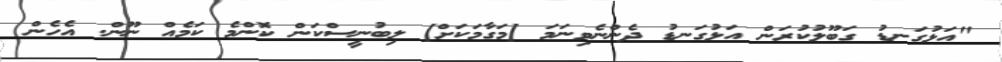
"އަޅުގަނޑު ގަބޫލުކުރަން އަޅުގަނޑު ދެންނެވިނަމަ [މަގާމަކަށް] ލިބުނީސްކަން ކޮންމެ ކަމެއް ނޫން. އެހެން